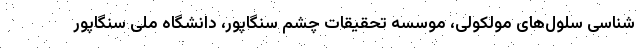
شناسی سلول‌های مولکولی، موسسه تحقیقات چشم سنگاپور، دانشگاه ملی سنگاپور